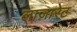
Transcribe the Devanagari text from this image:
लाज़ारेट